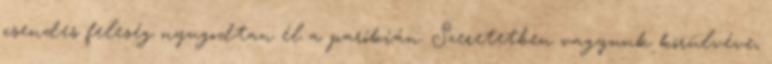
csendes feleség nyugodtan él a parókián. Szeretetben vagyunk körülvéve,